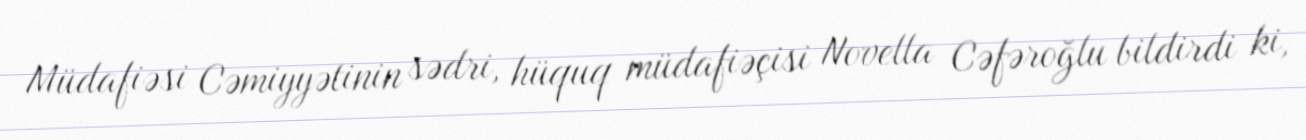
Müdafiəsi Cəmiyyətinin sədri, hüquq müdafiəçisi Novella Cəfəroğlu bildirdi ki,